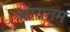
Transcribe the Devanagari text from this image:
आयतम